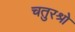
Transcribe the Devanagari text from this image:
चतुरश्रो